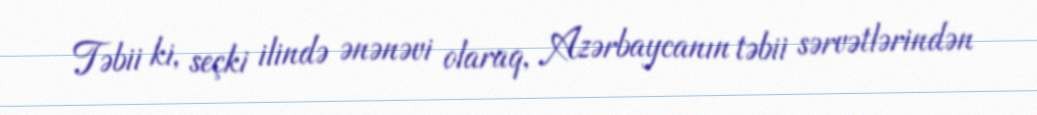
Təbii ki, seçki ilində ənənəvi olaraq, Azərbaycanın təbii sərvətlərindən